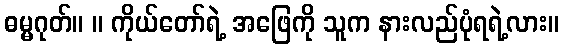
ဓမ္မဂုတ်။ ။ ကိုယ်တော်ရဲ့ အဖြေကို သူက နားလည်ပုံရရဲ့လား။